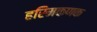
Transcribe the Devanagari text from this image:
हरिमकणक